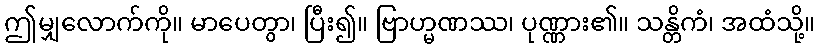
ဤမျှလောက်ကို။ မာပေတွာ၊ ပြီး၍။ ဗြာဟ္မဏဿ၊ ပုဏ္ဏား၏။ သန္တိကံ၊ အထံသို့။